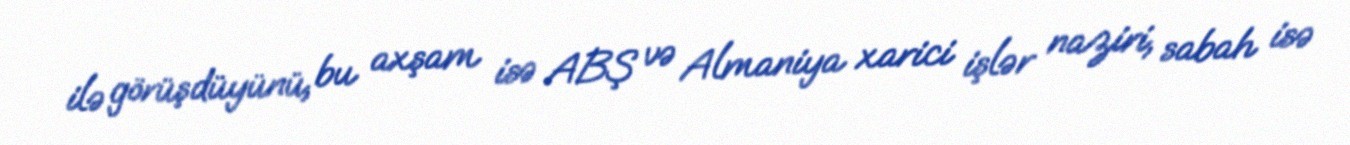
ilə görüşdüyünü, bu axşam isə ABŞ və Almaniya xarici işlər naziri, sabah isə